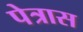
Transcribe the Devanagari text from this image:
पेत्रास